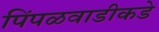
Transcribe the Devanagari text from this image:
पिंपळवाडीकडे